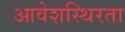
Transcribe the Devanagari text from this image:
आवेशस्थिरता